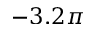
- 3 . 2 \pi